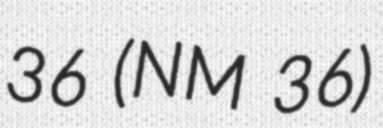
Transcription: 36 (NM 36)